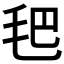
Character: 𣬶